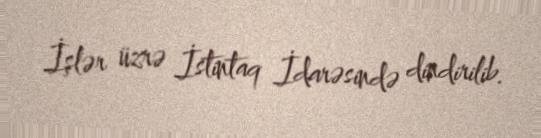
İşlər üzrə İstintaq İdarəsində dindirilib.